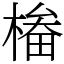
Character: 㮥